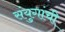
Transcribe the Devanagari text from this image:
संयुगांची